Indian journal of veterinary science and animal husbandry - Volume 2,
Year: 1932
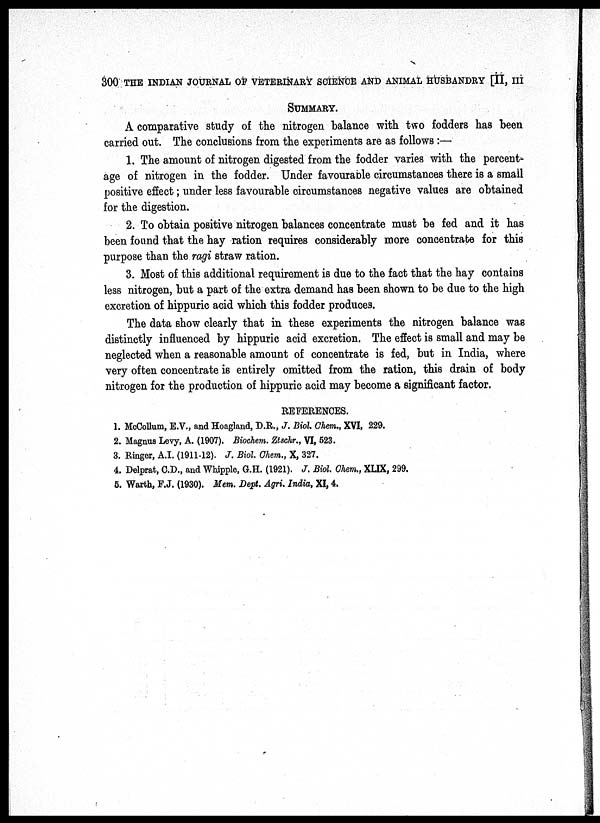
300 THE INDIAN JOURNAL OF VETERINARY SCIENCE AND ANIMAL HUSBANDRY [II, III
SUMMARY.
A comparative study of the nitrogen balance with two fodders has been
carried out. The conclusions from the experiments are as follows :—
1. The amount of nitrogen digested from the fodder varies with the percent-
age of nitrogen in the fodder. Under favourable circumstances there is a small
positive effect; under less favourable circumstances negative values are obtained
for the digestion.
2. To obtain positive nitrogen balances concentrate must be fed and it has
been found that the hay ration requires considerably more concentrate for this
purpose than the ragi straw ration.
3. Most of this additional requirement is due to the fact that the hay contains
less nitrogen, but a part of the extra demand has been shown to be due to the high
excretion of hippuric acid which this fodder produces.
The data show clearly that in these experiments the nitrogen balance was
distinctly influenced by hippuric acid excretion. The effect is small and may be
neglected when a reasonable amount of concentrate is fed, but in India, where
very often concentrate is entirely omitted from the ration, this drain of body
nitrogen for the production of hippuric acid may become a significant factor.
REFERENCES.
1. McCollum, E.V., and Hoagland, D.R., J. Biol. Chem., XVI, 229.
2. Magnus Levy, A. (1907). Biochem. Ztschr., VI, 523.
3. Ringer, A.I. (1911-12). J. Biol. Chem., X, 327.
4. Delprat, C.D., and Whipple, G.H. (1921). J. Biol. Chem., XLIX, 299.
5. Warth, F.J. (1930). Mem. Dept. Agri. India, XI, 4.